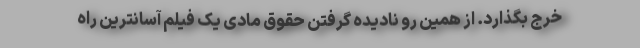
خرج بگذارد. از همین رو نادیده گرفتن حقوق مادی یک فیلم آسانترین راه